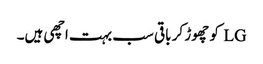
LG کو چھوڑ کر باقی سب بہت اچھی ہیں۔